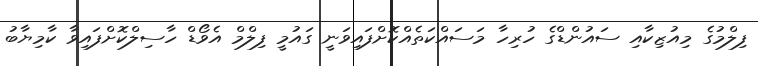
ފިލްމުގެ މިއުޒިކާއި ސައުންޑްގެ ހުރިހާ މަސައްކަތެއްކޮށްފައިވަނީ ގައުމީ ފިލްމް އެވޯޑް ހާސިލްކޮށްފައިވާ ކާމިޔާބު